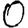
Digit: 0